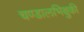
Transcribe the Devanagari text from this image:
चण्डालभिक्षुकी